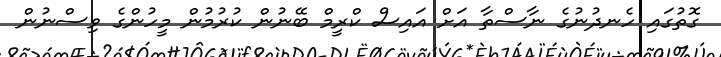
ގޮތުގައި ހެނދުނުގެ ނާސްތާ އަަށް އައިސް ކްރީމް ބޭނުން ކުރުމުން މީހުންގެ ވިސްނުން